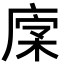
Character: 𢉹